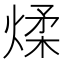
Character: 煣